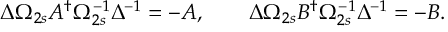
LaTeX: \Delta \Omega _ { 2 s } A ^ { \dagger } \Omega _ { 2 s } ^ { - 1 } \Delta ^ { - 1 } = - A , \qquad \Delta \Omega _ { 2 s } B ^ { \dagger } \Omega _ { 2 s } ^ { - 1 } \Delta ^ { - 1 } = - B .